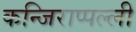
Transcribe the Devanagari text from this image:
कन्जिराप्पल्ली